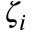
\zeta _ { i }